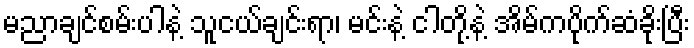
မညာချင်စမ်းပါနဲ့ သူငယ်ချင်းရာ၊ မင်းနဲ့ ငါတို့နဲ့ အိမ်ကပိုက်ဆံခိုးပြီး